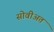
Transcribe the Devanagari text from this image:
सोवीअत